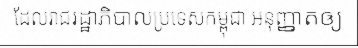
ដែលរាជរដ្ឋាភិបាលប្រទេសកម្ពុជា អនុញ្ញាតឲ្យ